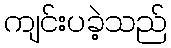
ကျင်းပခဲ့သည်